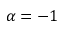
\alpha = - 1